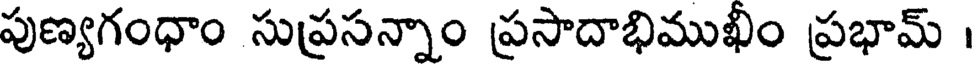
పుణ్యగంధాం సుప్రసన్నాం ప్రసాదాభిముఖీం ప్రభామ్ ।